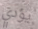
يؤدي